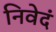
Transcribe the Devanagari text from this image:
निवेदं